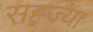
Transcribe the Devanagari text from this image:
सह्ज्या